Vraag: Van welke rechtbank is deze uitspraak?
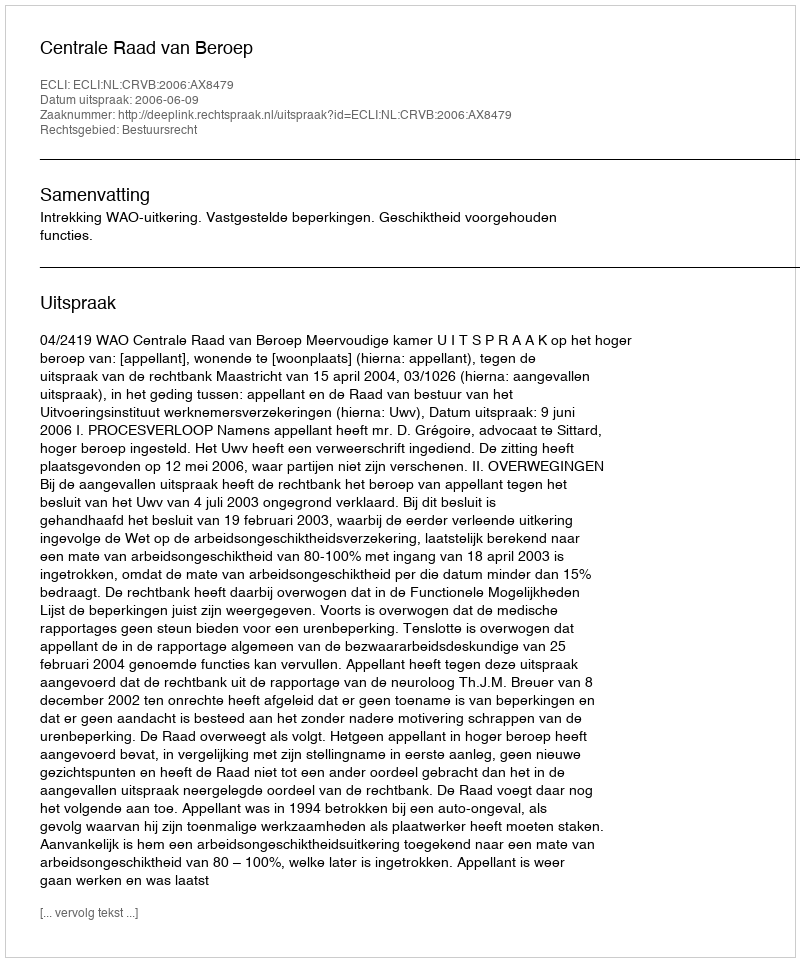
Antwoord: Centrale Raad van Beroep